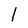
Character: l